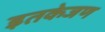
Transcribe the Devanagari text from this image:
इतकेजण